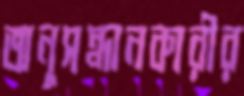
অনুসন্ধানকারীর